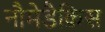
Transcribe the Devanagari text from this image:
नौमेडैक्रिस